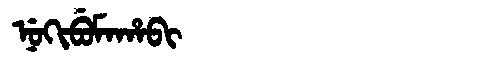
Manchu: ᠨᡠᡴᡳᠪᡠᠮᠠᡥᠠᠪᡳ
Romanization: NUKIBUMAHABI